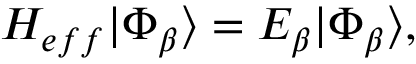
{ H _ { e f f } } | \Phi _ { \beta } \rangle = E _ { \beta } | \Phi _ { \beta } \rangle ,